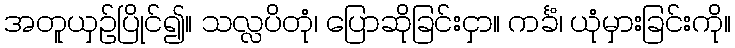
အတူယှဉ်ပြိုင်၍။ သလ္လပိတုံ၊ ပြောဆိုခြင်းငှာ။ ကင်္ခံ၊ ယုံမှားခြင်းကို။